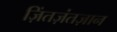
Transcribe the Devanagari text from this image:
ज़िंतज़ंतज़ान